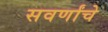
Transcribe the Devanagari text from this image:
सवर्णांचे